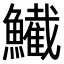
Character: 𫚂